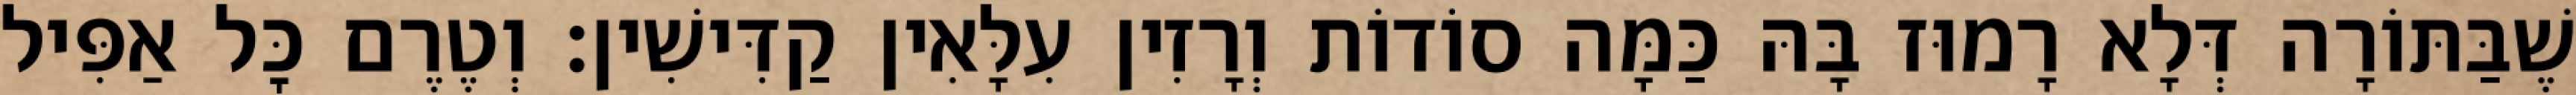
שֶׁבַּתּוֹרָה דְּלָא רָמוּז בָּהּ כַּמָּה סוֹדוֹת וְרָזִין עִלָּאִין קַדִּישִׁין: וְטֶרֶם כׇּל אַפִּיל